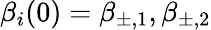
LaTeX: \beta_{i}(0)=\beta_{\pm,1},\beta_{\pm,2}